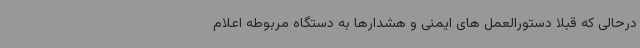
درحالی که قبلا دستورالعمل های ایمنی و هشدارها به دستگاه مربوطه اعلام